Scottish Leaving Certificate Examination, 1960
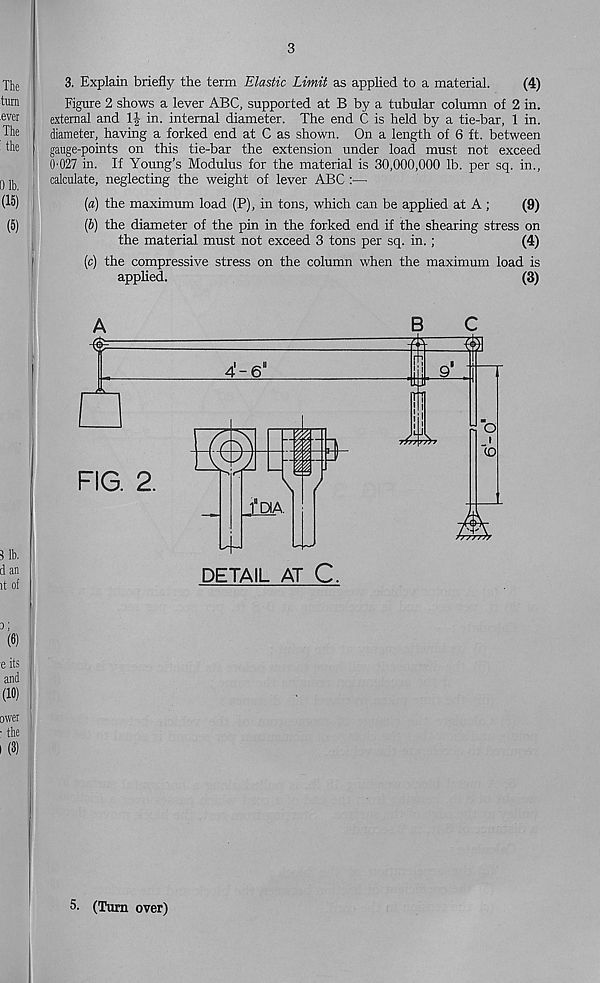
3
3. Explain briefly the term Elastic Limit as applied to a material.
(4)
Figure 2 shows a lever ABC, supported at B by a tubular column of 2 in.
external and 1| in. internal diameter. The end C is held by a tie-bar, 1 in.
diameter, having a forked end at C as shown. On a length of 6 ft. between
gauge-points on this tie-bar the extension under load must not exceed
0-027 in. If Young’s Modulus for the material is 30,000,000 lb. per sq. in.,
calculate, neglecting the weight of lever ABC :—
(a) the maximum load (P), in tons, which can be applied at A ;
(9)
(b) the diameter of the pin in the forked end if the shearing stress on
the material must not exceed 3 tons per sq. in.;
(4)
(c) the compressive stress on the column when the maximum load is
applied.
(3)
DETAIL AT C.
5- (Turn over)